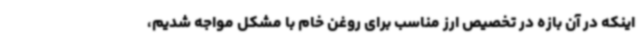
اینکه در آن بازه در تخصیص ارز مناسب برای روغن خام با مشکل مواجه شدیم،